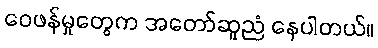
ဝေဖန်မှုတွေက အတော်ဆူညံ နေပါတယ်။